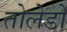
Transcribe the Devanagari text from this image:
तोलेडो